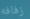
زفافه